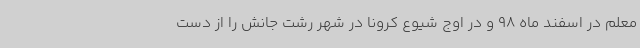
معلم در اسفند ماه 98 و در اوج شیوع کرونا در شهر رشت جانش را از دست